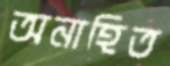
অনাহিত